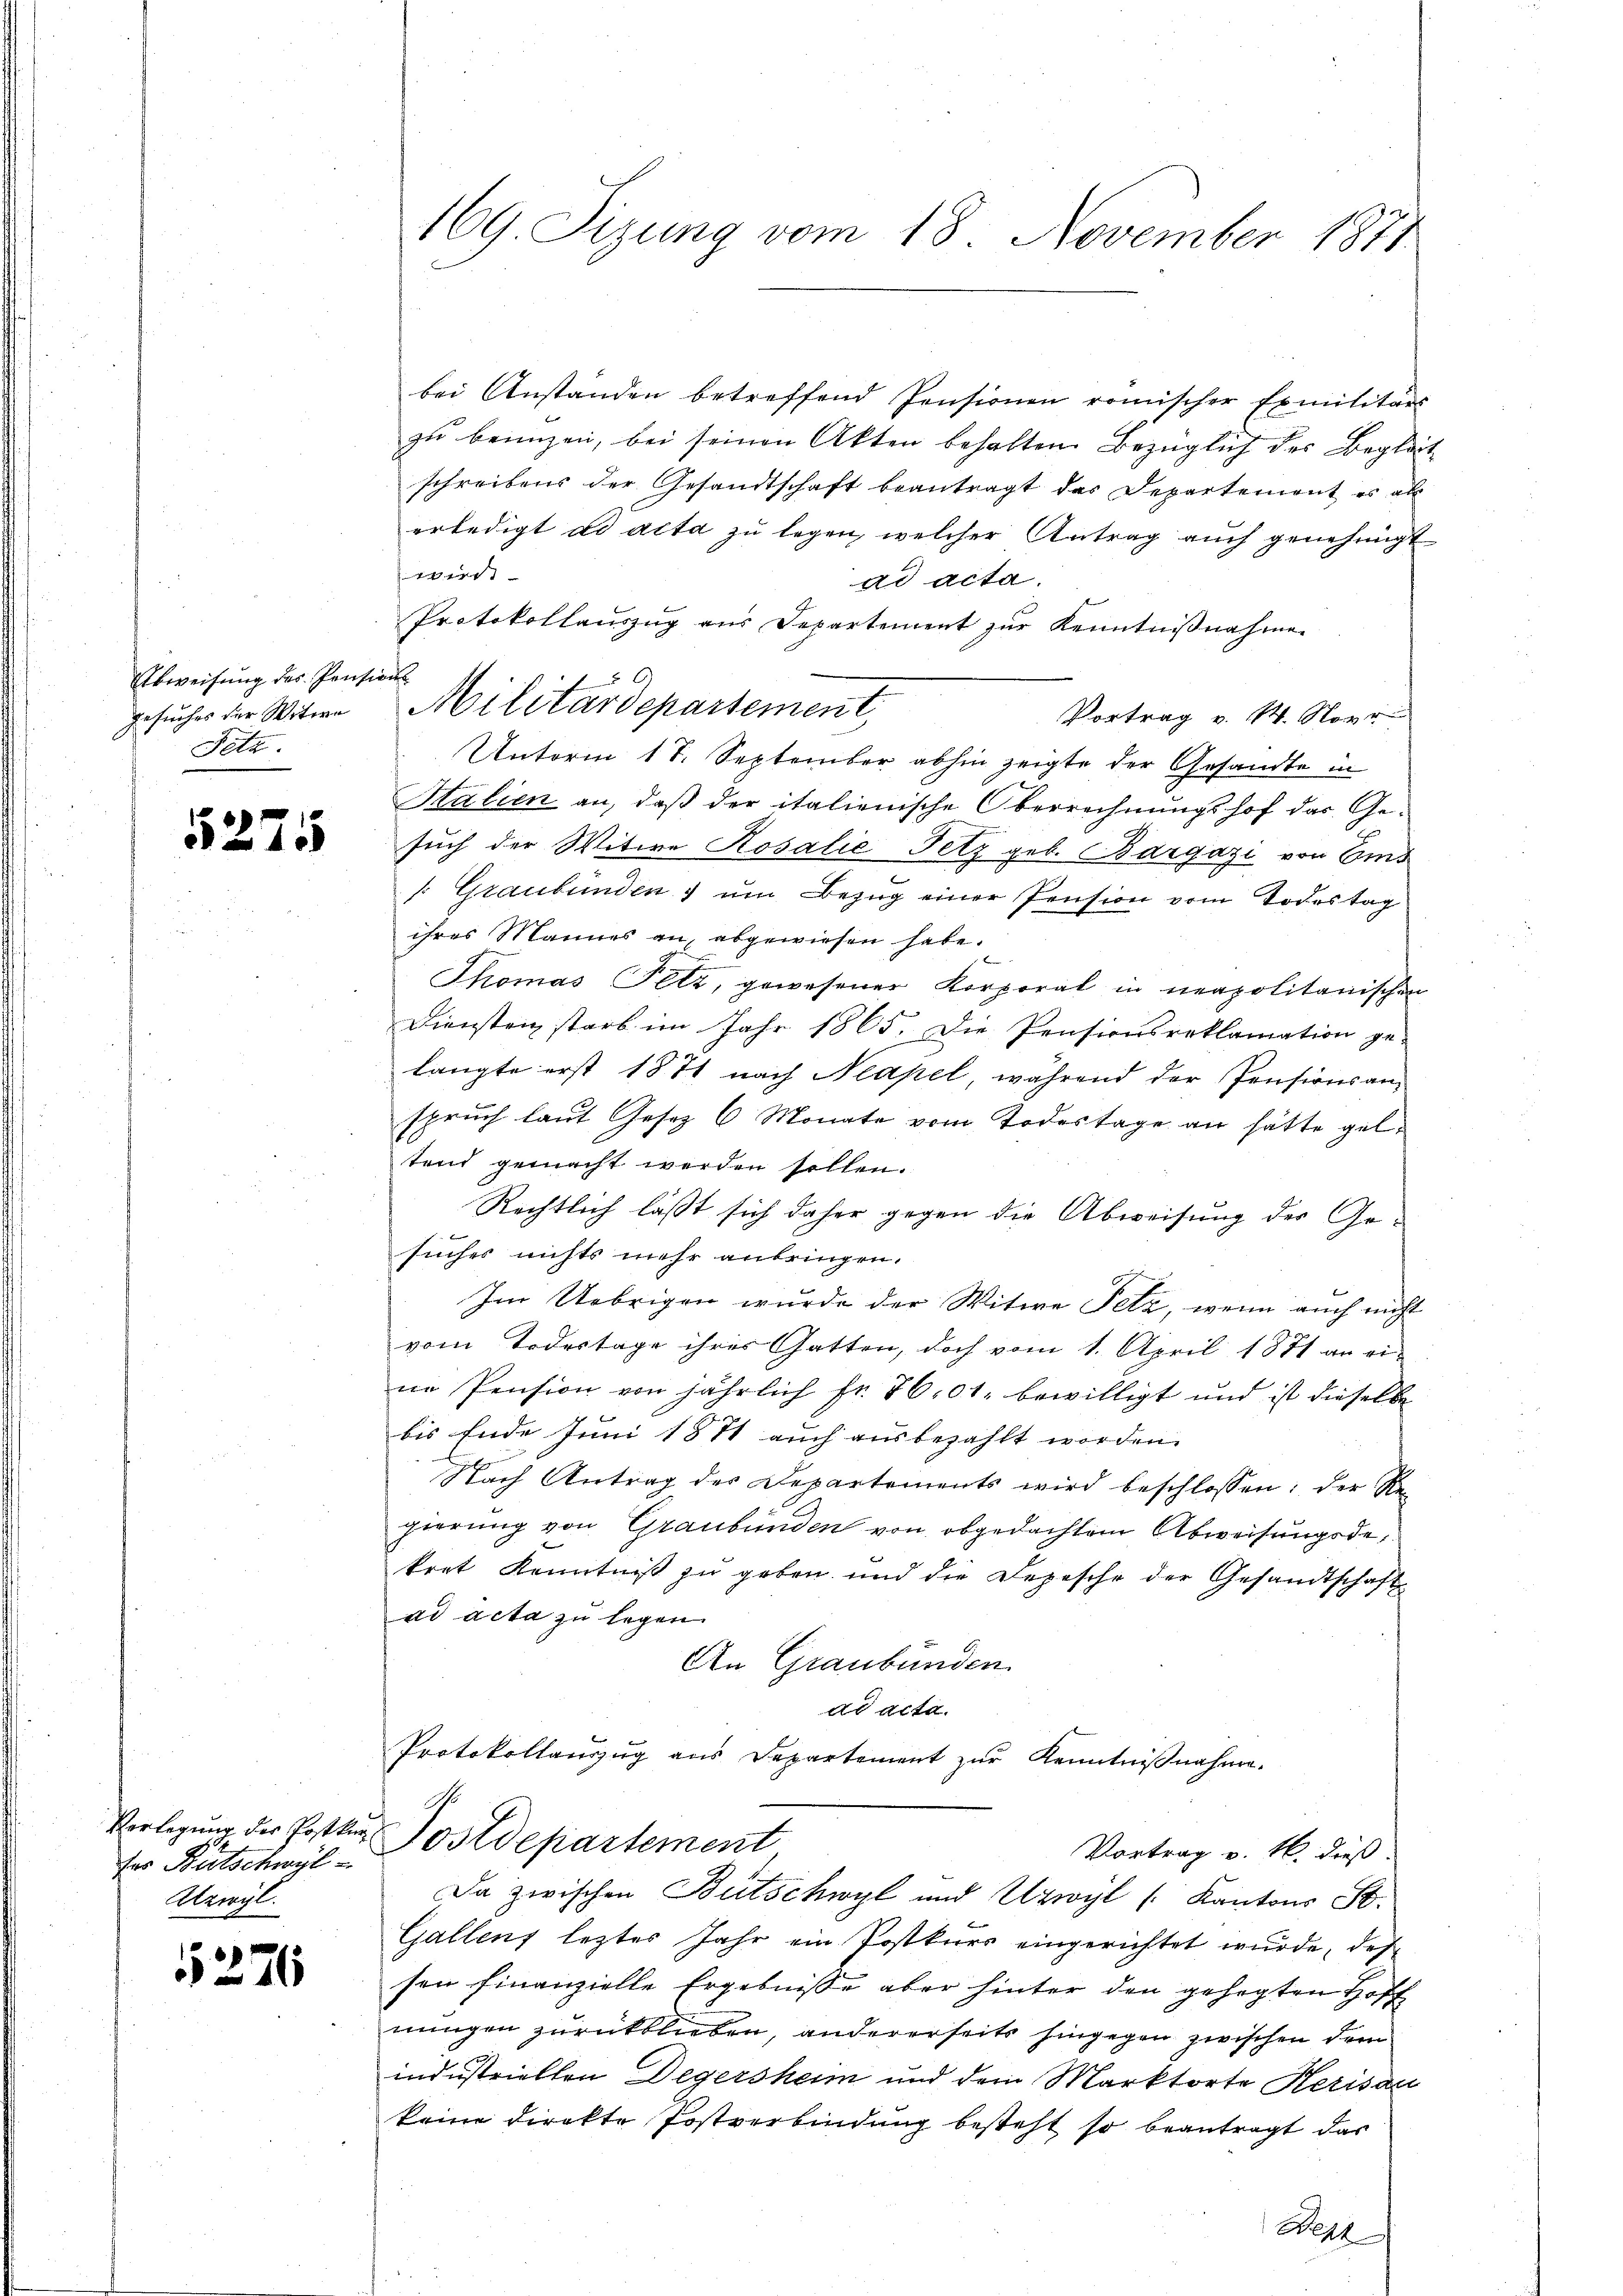
Abweisung des Pensions
Gesuches der Witwe
Fetz

5275

das Bütschwyl
Alzwyl.

1276

169. Tizung vom 18. November 1871

bei Anstanden betreffend Pensionen römischer Exmilitärs
zu beunzen, bei seinen Akten behalten. Bezüglich des Begleit
schreibens der Gesandtschaft beantragt das Departement es au
erledigt ad acta zu legen, welcher Antrag auch genehmigt
t
ad acta.
Protokollauszug aus Departement zŭr Kenntniβnahme
Vortrag v. 14. Nove
Unterm 17. September abhin zeigte der Gesandte in
Halien an, daß der italienische Oberrechnungshof das Gesuch der Witwe Rosalić Fetz geb. Bargázi von Em
. Graubünden um Bezug einer Pension vom Todestag
ihres Mannes an abgewiesen habe.
Thomas Petz, gewesener Korporal in neapolitanischen
Diensten starb im Jahr 1865. Die Pensionsreklamation ge-
langte erst 1871 nach Neapel, während der Pensionsan-
spruch laut Gesez 6 Monate vom Todestage an hätte geltend gemacht werden sollen.
Rechtlich lässt sich daher gegen die Abweisung der Gesuches nichts mehr anbringen.
Im Uebrigen wurde der Witwe Fetz, wenn auch nicht
vom Todestage ihres Gatten, doch vom 1. April 1871 an eine Pension von jährlich Fr. 7601. bewilligt und ist dieselbe
bis Ende Juni 1871 auch ausbezahlt worden.
Nach Antrag des Departements wird beschlossen: der S
gierung von Graubünden von obgedachten Abweisungsdekrat Kenntniß zu geben und die Depesche der Gesandtschaft
ad acta zu legen.
An Graubünden.
dd acta.
Protokollauszug aus Departement zŭr Kenntniβnahme.
Verlegung der Postker Postdepartement
Vortrag v. 16. dieß.
Da zwischen Bütschwyl und Urwyl (Kantons St.
Gallens lezter Jahr ein Postkurs eingerichtet wurde, des
sen finanzielle Ergebnisse aber hinter den gehegten Hoff
nungen zurückblieben, andererseits hingegen zwischen dem
industriellen Degersheim und dem Marktorte Herisau
keine direkte Postverbindung besteht so beantragt das
Welt

Militärdepartement,